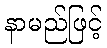
နာမည်ဖြင့်